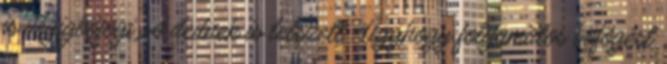
is végigböfögi. A dednek is tetszett. Úgyhogy folyamatos böfögést